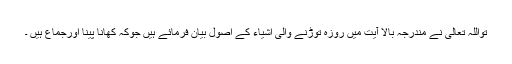
تواللہ تعالی نے مندرجہ بالا آیت میں روزہ توڑنے والی اشیاء کے اصول بیان فرمائے ہیں جوکہ کھانا پینا اورجماع ہیں ۔